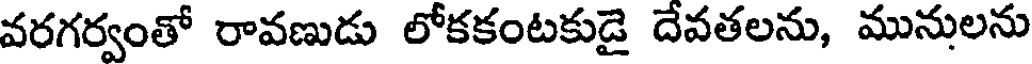
వరగర్వంతో రావణుడు లోకకంటకుడై దేవతలను, మునులను